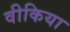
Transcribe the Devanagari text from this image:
वीकिया